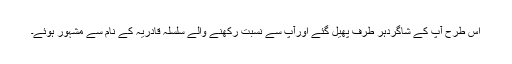
اس طرح آپ کے شاگردہر طرف پھیل گئے اورآپ سے نسبت رکھنے والے سلسلہ قادریہ کے نام سے مشہور ہوئے۔